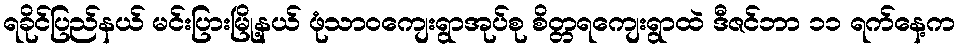
ရခိုင်ပြည်နယ် မင်းပြားမြို့နယ် ဖုံသာဝကျေးရွာအုပ်စု စိတ္တရကျေးရွာထဲ ဒီဇင်ဘာ ၁၁ ရက်နေ့က